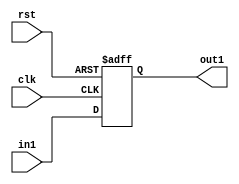
// EECE3324 Computer Architecture
// Advanced Project
// Tim Liming

// Program Counter file

module ProgramCounter(in1, clk, rst, out1);
  
  input [31:0] in1;
  input clk, rst;
  output reg [31:0] out1;
  
  // handle output and reset case
  always @ (posedge clk or posedge rst) begin
    if (rst)
      out1 <= 4096;
    else
      out1 <= in1;
  end
  
endmodule